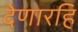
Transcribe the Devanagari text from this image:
देणारहि